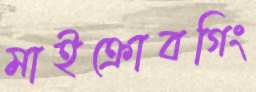
মাইক্রোবগিং